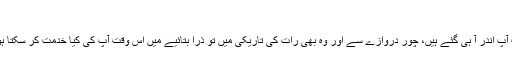
‘
’ اب آپ اندر آ ہی گئے ہیں، چور دروازے سے اور وہ بھی رات کی تاریکی میں تو ذرا بتائیے میں اس وقت آپ کی کیا خدمت کر سکتا ہوں ؟